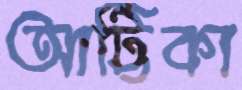
আট্টিকা